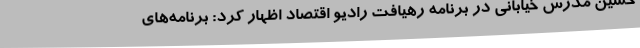
حسین مدرس خیابانی در برنامه رهیافت رادیو اقتصاد اظهار کرد: برنامه‌های